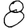
Digit: 8